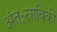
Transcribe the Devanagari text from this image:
अंतःस्राविकी